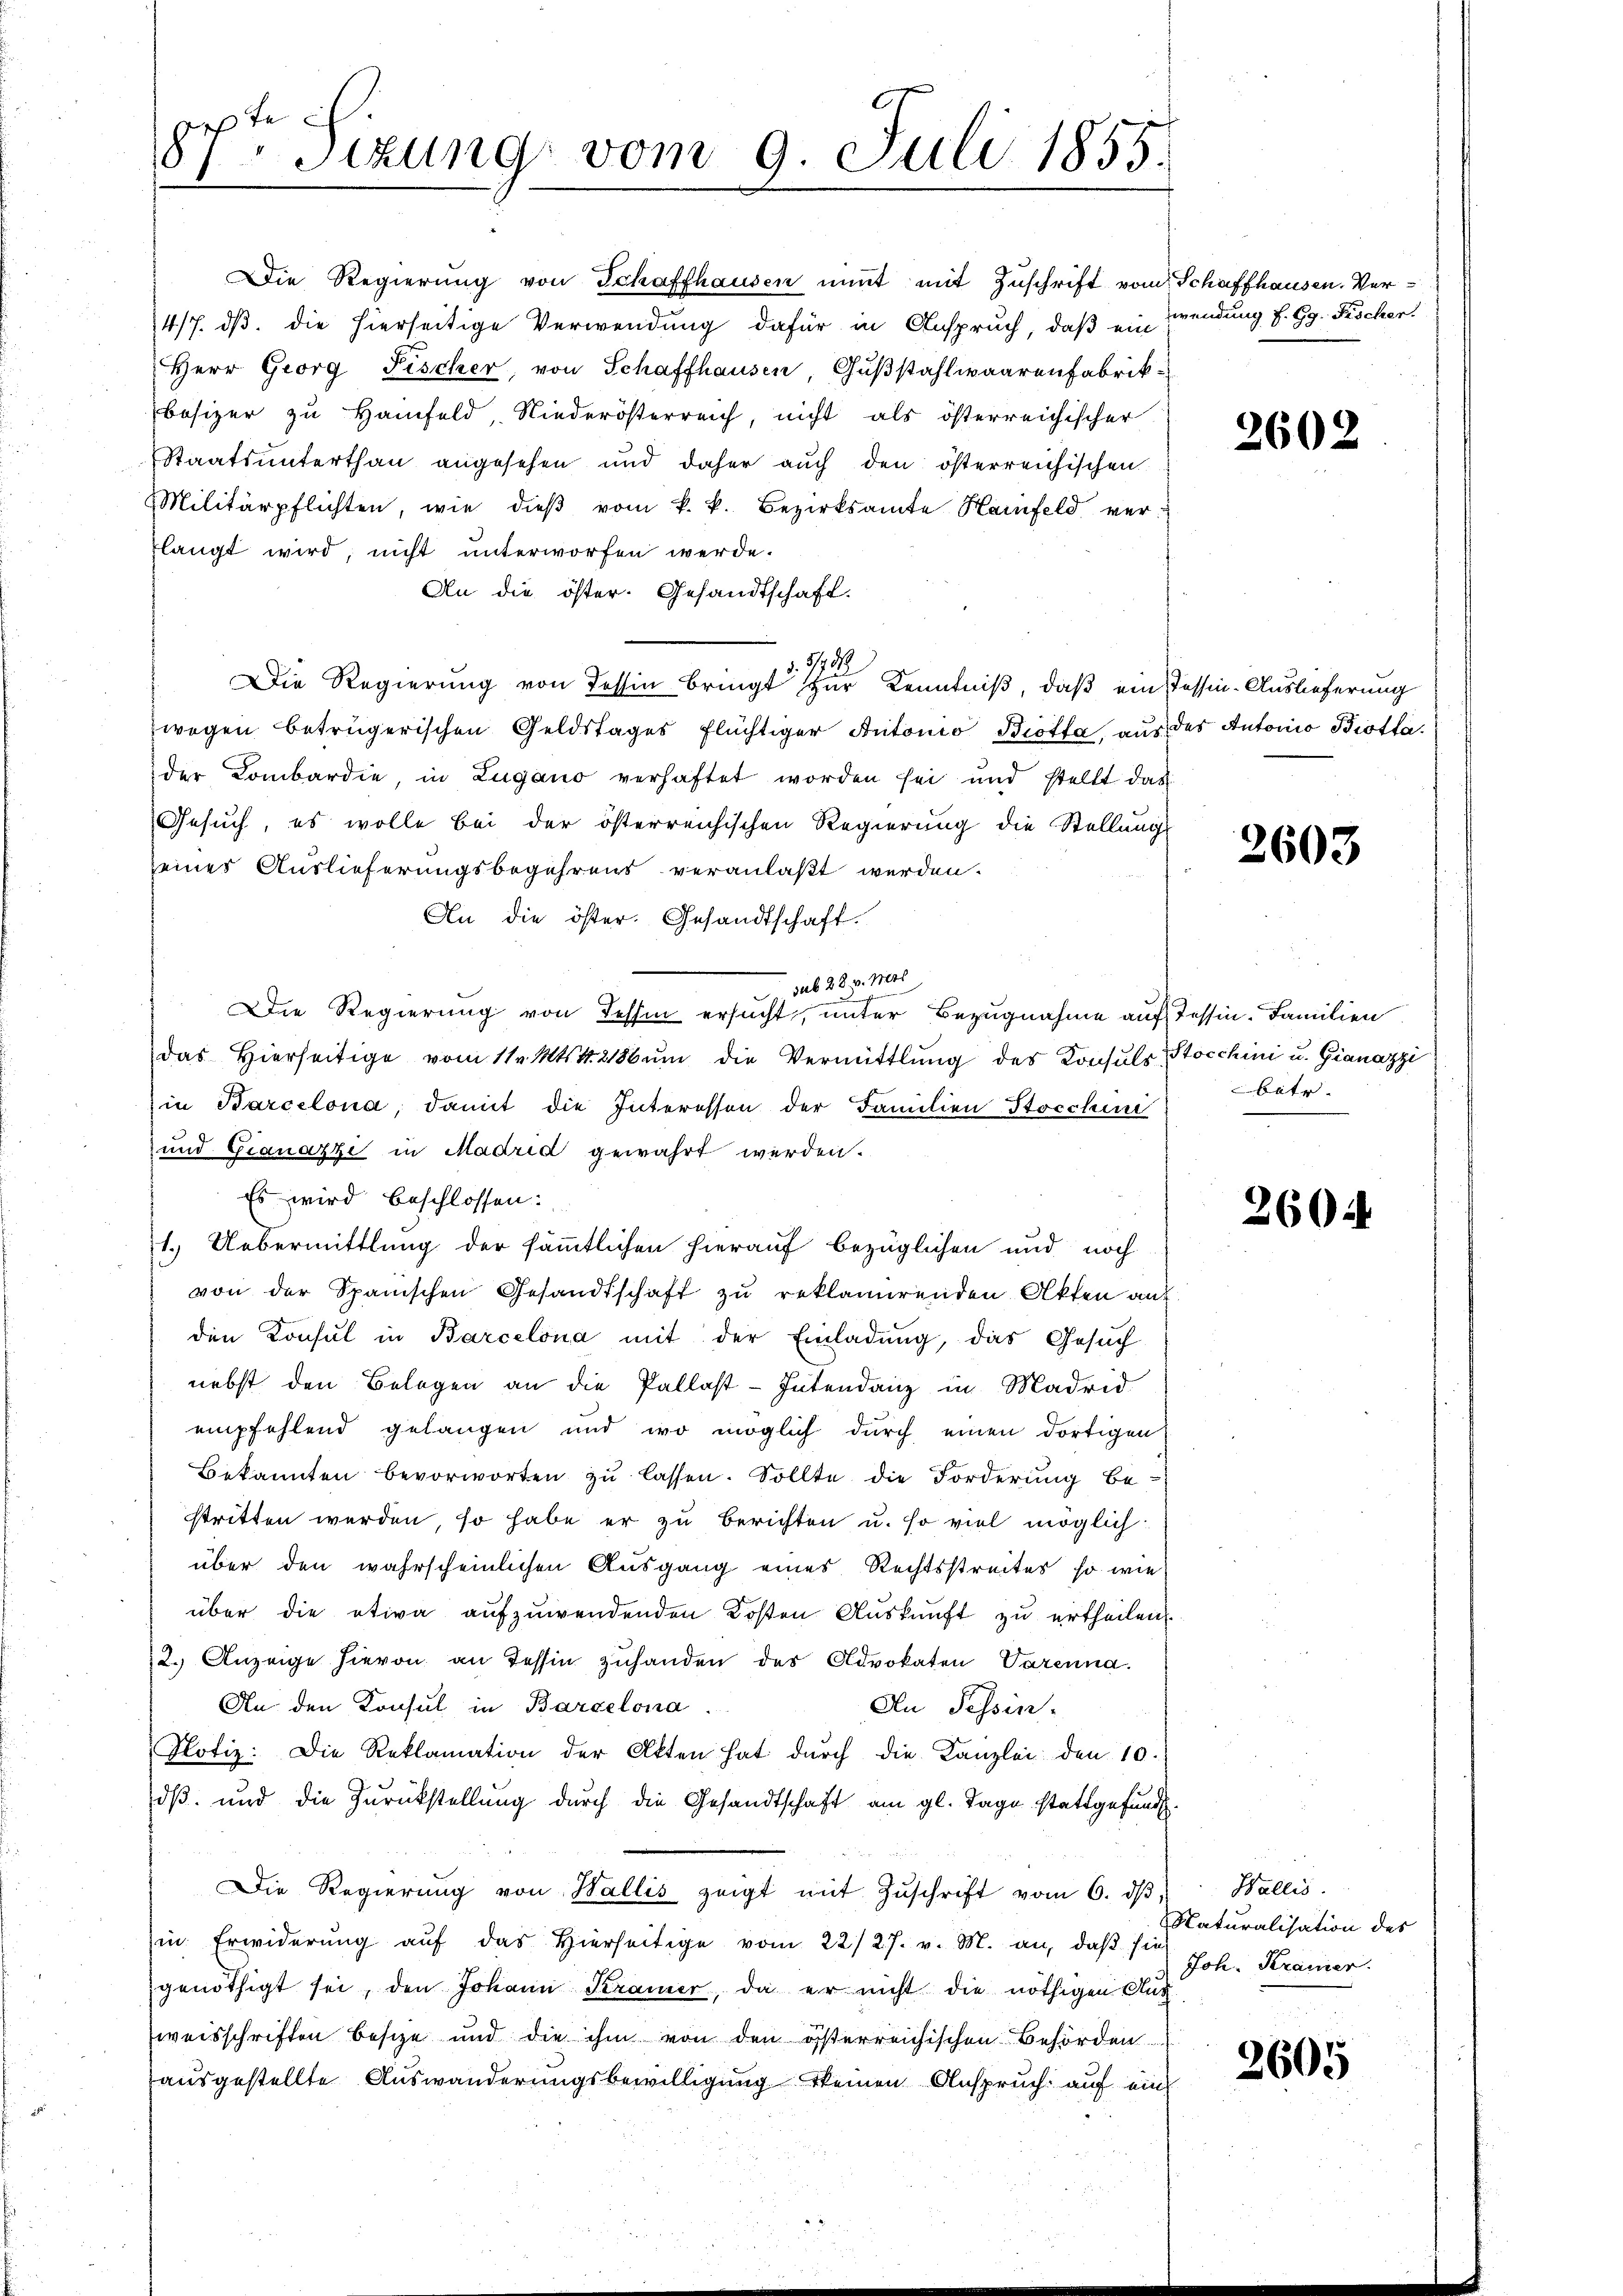
Die Regierŭng von Schaffhausen nimmt mit Zŭschrift vom Schaffhausen. Ver¬
4/7. ds. die hierseitige Verwendung dafür in Anspruch, daß ein wendung f. Gg. Fischer
Herr Georg Fischer, von Schaffhausen, Gußstahlwaarenfabrik-
besizer zu Hanfeld, Niederösterreich, nicht als österreichischer
Staatsunterthan angesehen und daher auch den österreichischen
Militärpflichten, wie dieβ vom k. k. Bezirksamte Hainfeld ver-
langt wird, nicht unterworfen werde.
An die öster. Gesandtschaft.
§. 1789
Die Regierung von Tessin bringt zur Kenntniß, daß ein Tessin-Auslieferung
wegen betrügerischen Geldstages flüchtiger Antonio Biotta, aus des Antonio Biotta.
der Kombardie, in Lugano verhaftet worden sei und stellt das
Gesuch, es wolle bei der österreichischen Regierung die Stellung
seines Auslieferungsbegehrens veranlaßt werden.
An die öster. Gesandtschaft.
sub 28. v. Mts.
Die Regierung von Tessin ersucht, unter Bezugnahme auf Tessin, Familien
das hierseitige vom 11. Mts. 1. 2186 ŭm die Vermittlung des Konsuls Stocchini u. Gianazzi
in Barcelona, damit die Interessen der Familien Stocchini
und Gianazzi in Madrid gewahrt werden.
Es wird beschlossen:
1. Uebermittlung der sämmtlichen hierauf bezüglichen und noch
von der Spanischen Gesandtschaft zŭ reklamirenden Akten auf
den Konsul in Barcelona mit der Einladung, das Gesuch
nebst den Belegen an die Pallast-Intendanz in Madrid
empfehlend gelangen und wo möglich durch einen dortigen
Bekannten bevorworten zu lassen. Sollte die Forderung bestritten werden, so habe er zu berichten u. so viel möglich:
über den wahrscheinlichen Ausgang eines Rechtsstreites, so wie
über die etwa aufzuwendenden Kosten Auskunft zu ertheilen.
2.) Anzeige hievon an Tessin zuhanden des Advokaten Varenna.
An den Konsul in Barcelona
An Tessin.
Potiz: Die Reklamation der Akten hat durch die Kanzlei den 10.
dß, und die Zurückstellung durch die Gesandtschaft am gl. Tage stattgefund¬
Die Regierŭng von Wallis zeigt mit Zŭschrift vom 6. dβ, Wallis.
in Erwiderŭng aŭf das hierseitige vom 22/27. v. M. an, daβ sie
genöthigt sei, den Johann Kramer, da er nicht die nöthigen Aus
weisschriften besize und die ihm von den österreichischen Behörden
ausgestellte Auswanderungsbewilligung keinen Anspruch auf ein

87. Setzung vom 9. Juli 1855.

2602

2603

bate

2604

Naturalisation des
Joh. Kramer.

2605